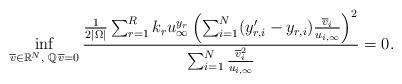
LaTeX: \begin{align*}\inf_{\overline{v}\in \mathbb R^N,\; \mathbb Q\,\overline{v} = 0}\frac{\frac{1}{2|\Omega|}\sum_{r=1}^{R}k_ru_{\infty}^{y_r}\left(\sum_{i=1}^{N}(y_{r,i}' - y_{r,i})\frac{\overline v_i}{u_{i,\infty}}\right)^2}{\sum_{i=1}^{N}\frac{\overline v_i^2}{u_{i,\infty}}} = 0.\end{align*}